Indian journal of veterinary science and animal husbandry - Volume 14,
Year: 1944
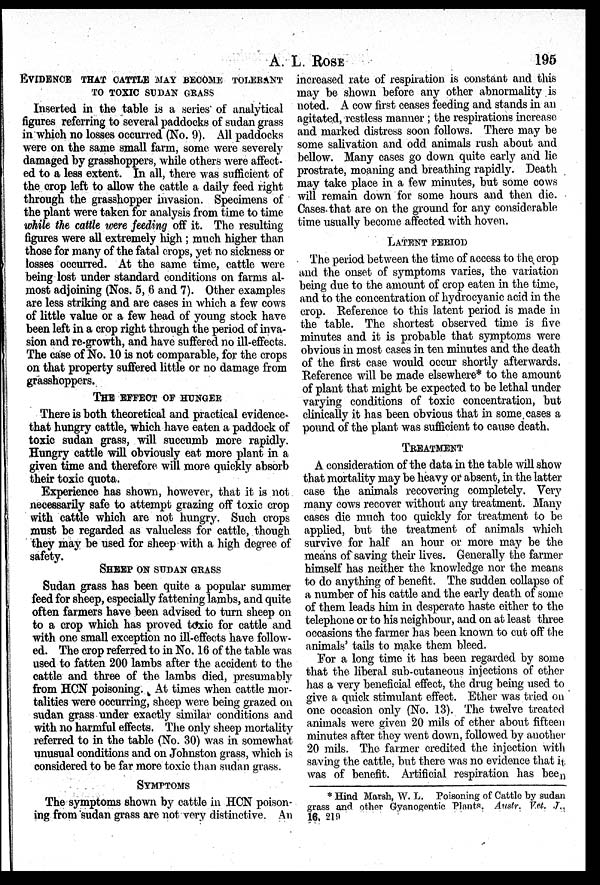
A. L.
ROSE
195
EVIDENCE THAT CATTLE MAY BECOME TOLERANT
TO TOXIC SUDAN GRASS
Inserted in the table is a series of analytical
figures referring to several paddocks of sudan grass
in which no losses occurred (No. 9). All paddocks
were on the same small farm, some were severely
damaged by grasshoppers, while others were affect-
ed to a less extent. In all, there was sufficient of
the crop left to allow the cattle a daily feed right
through the grasshopper invasion. Specimens of
the plant were taken for analysis from time to time
while the cattle were feeding off it. The resulting
figures were all extremely high; much higher than
those for many of the fatal crops, yet no sickness or
losses occurred. At the same time, cattle were
being lost under standard conditions on farms al-
most adjoining (Nos. 5, 6 and 7). Other examples
are less striking and are cases in which a few cows
of little value or a few head of young stock have
been left in a crop right through the period of inva-
sion and re-growth, and have suffered no ill-effects.
The case of No. 10 is not comparable, for the crops
on that property suffered little or no damage from
grasshoppers.
THE EFFECT OF HUNGER
There is both theoretical and practical evidence-
that hungry cattle, which have eaten a paddock of
toxic sudan grass, will succumb more rapidly.
Hungry cattle will obviously eat more plant in a
given time and therefore will more quickly absorb
their toxic quota.
Experience has shown, however, that it is not
necessarily safe to attempt grazing off toxic crop
with cattle which are not hungry. Such crops
must be regarded as valueless for cattle, though
they may be used for sheep with a high degree of
safety.
SHEEP ON SUDAN GRASS
Sudan grass has been quite a popular summer
feed for sheep, especially fattening lambs, and quite
often farmers have been advised to turn sheep on
to a crop which has proved toxic for cattle and
with one small exception no ill-effects have follow-
ed. The crop referred to in No. 16 of the table was
used to fatten 200 lambs after the accident to the
cattle and three of the lambs died, presumably
from HCN poisoning. At times when cattle mor-
talities were occurring, sheep were being grazed on
sudan grass under exactly similar conditions and
with no harmful effects. The only sheep mortality
referred to in the table (No. 30) was in somewhat
unusual conditions and on Johnston grass, which is
considered to be far more toxic than sudan grass.
SYMPTOMS
The symptoms shown by cattle in HCN poison-
ing from sudan grass are not very distinctive. An
increased rate of respiration is constant and this
may be shown before any other abnormality is
noted. A cow first ceases feeding and stands in an
agitated, restless manner; the respirations increase
and marked distress soon follows. There may be
some salivation and odd animals rush about and
bellow. Many cases go down quite early and lie
prostrate, moaning and breathing rapidly. Death
may take place in a few minutes, but some cows
will remain down for some hours and then die.
Cases that are on the ground for any considerable
time usually become affected with hoven.
LATENT PERIOD
The period between the time of access to the crop
and the onset of symptoms varies, the variation
being due to the amount of crop eaten in the time,
and to the concentration of hydrocyanic acid in the
crop. Reference to this latent period is made in
the table. The shortest observed time is five
minutes and it is probable that symptoms were
obvious in most cases in ten minutes and the death
of the first case would occur shortly afterwards.
Reference will be made elsewhere* to the amount
of plant that might be expected to be lethal under
varying conditions of toxic concentration, but
clinically it has been obvious that in some cases a
pound of the plant was sufficient to cause death.
TREATMENT
A consideration of the data in the table will show
that mortality may be heavy or absent, in the latter
case the animals recovering completely. Very
many cows recover without any treatment. Many
cases die much too quickly for treatment to be
applied, but the treatment of animals which
survive for half an hour or more may be the
means of saving their lives. Generally the farmer
himself has neither the knowledge nor the means
to do anything of benefit. The sudden collapse of
a number of his cattle and the early death of some
of them leads him in desperate haste either to the
telephone or to his neighbour, and on at least three
occasions the farmer has been known to cut off the
animals' tails to make them bleed.
For a long time it has been regarded by some
that the liberal sub-cutaneous injections of ether
has a very beneficial effect, the drug being used to
give a quick stimulant effect. Ether was tried on
one occasion only (No. 13). The twelve treated
animals were given 20 mils of ether about fifteen
minutes after they went down, followed by another
20 mils. The farmer credited the injection with
saving the cattle, but there was no evidence that it
was of benefit. Artificial respiration has been
* Hind Marsh, W. L. Poisoning of Cattle by sudan
grass and other Gyanogentic Plants, Austr. Vet. J.,
16, 219